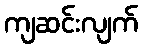
ကျဆင်းလျက်